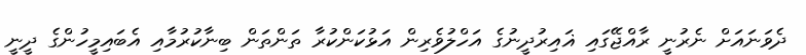
ދެވަނައަށް ނެރުނީ ރާއްޖޭގައި ޣައިރުދީނުގެ އަހްލުވެރިން އަޅުކަންކުރާ ތަންތަން ބިނާކުރުމާއި އެބައިމީހުންގެ ދީނީ